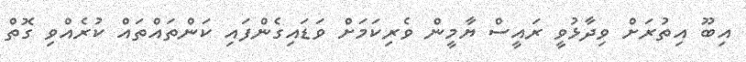
އިބޫ އިތުރަށް ވިދާޅުވީ ރައީސް ޔާމީން ވެރިކަމަށް ވަޑައިގެންފައި ކަންތައްތައް ކުރެއްވި ގޮތް